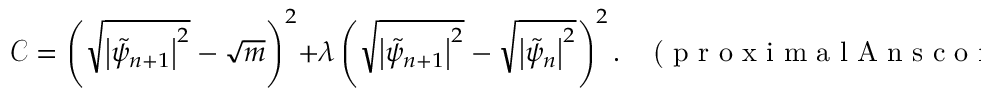
\mathcal { C } = \left( \sqrt { \left| \tilde { \psi } _ { n + 1 } \right| ^ { 2 } } - \sqrt { m } \right) ^ { 2 } + \lambda \left( \sqrt { \left| \tilde { \psi } _ { n + 1 } \right| ^ { 2 } } - \sqrt { \left| \tilde { \psi } _ { n } \right| ^ { 2 } } \right) ^ { 2 } . \; \; \; \textrm { ( p r o x i m a l A n s c o m b e ) }